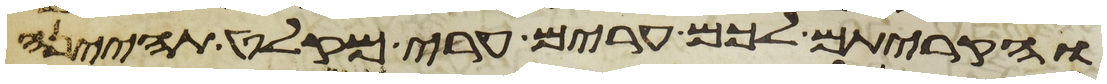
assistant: והקריתם לכם ערים ערי מקלט תהיינה